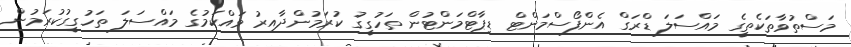
މަސްތުވާތަކެތީގެ މައްސަލަ ޑްރަގް އެންފޯސްމަންޓް ޑިޕާޓްމަންޓުން ތަހުގީގު ކުރަމުންދާއިރު ވައްކަމުގެ މައްސަލަ ތަހުގީގުކުރަމުން